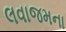
લવાજમના